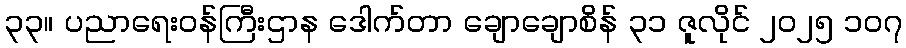
၃၃။ ပညာရေးဝန်ကြီးဌာန ဒေါက်တာ ချောချောစိန် ၃၁ ဇူလိုင် ၂၀၂၅ ၁၀၇